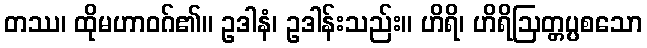
တဿ၊ ထိုမဟာဝဂ်၏။ ဥဒါနံ၊ ဥဒါန်းသည်း။ ဟိရိ၊ ဟိရိဩတ္တပ္ပစသော